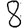
Digit: 8